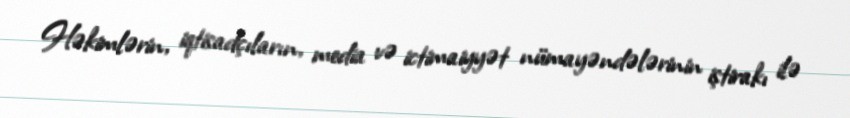
Həkimlərin, iqtisadçıların, media və ictimaiyyət nümayəndələrinin iştirakı ilə